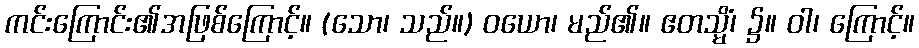
ကင်းကြောင်း၏အဖြစ်ကြောင့်။ (သော၊ သည်။) ဝယော၊ မည်၏။ ဧတသ္မိံ၊ ၌။ ဝါ၊ ကြောင့်။